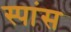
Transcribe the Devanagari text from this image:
स्पांस